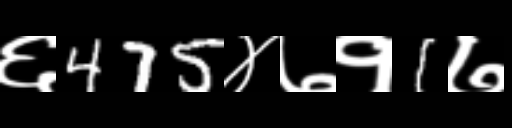
Text: ६475४७१1७